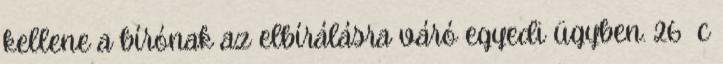
kellene a bírónak az elbírálásra váró egyedi ügyben. 26 c